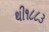
થી૧૮૮૩